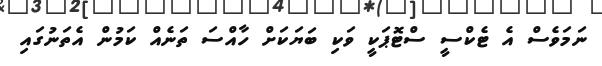
ނަމަވެސް އެ ޓެކްސީ ސްޓޮޕަކީ ވަކި ބަޔަކަށް ހާއްސަ ތަނެއް ކަމުން އެތަނުގައި